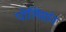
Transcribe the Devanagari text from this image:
पोलिसांन